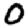
Digit: 0